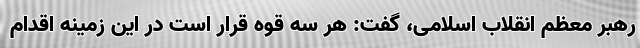
رهبر معظم انقلاب اسلامی، گفت: هر سه قوه قرار است در این زمینه اقدام